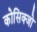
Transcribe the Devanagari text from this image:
कोसिक्जो